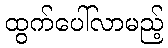
ထွက်ပေါ်လာမည့်